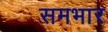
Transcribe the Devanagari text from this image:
समभार